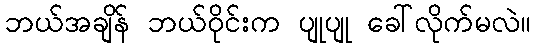
ဘယ်အချိန် ဘယ်ဝိုင်းက ပျုပျု ခေါ်လိုက်မလဲ။